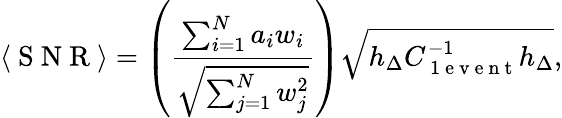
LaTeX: \langle\mathrm{~S~N~R~}\rangle=\left(\frac{\sum_{i=1}^{N}a_{i}w_{i}}{\sqrt{\sum_{j=1}^{N}w_{j}^{2}}}\right)\sqrt{h_{\Delta}C_{\mathrm{~1~e~v~e~n~t~}}^{-1}h_{\Delta}},